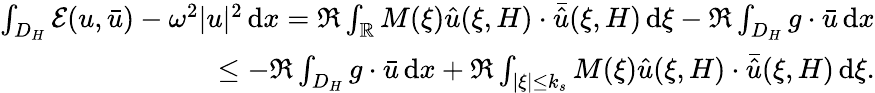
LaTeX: \begin{array}{r}{\int_{D_{H}}\mathcal{E}(u,\bar{u})-\omega^{2}|u|^{2}\, \mathrm{d}x=\Re\int_{\mathbb{R}}M(\xi)\hat{u}(\xi,H)\cdot\bar{\hat{u}}(\xi,H)\, \mathrm{d}\xi-\Re\int_{D_{H}}g\cdot\bar{u}\, \mathrm{d}x}\\ {\le-\Re\int_{D_{H}}g\cdot\bar{u}\, \mathrm{d}x+\Re\int_{|\xi|\le k_{s}}M(\xi)\hat{u}(\xi,H)\cdot\bar{\hat{u}}(\xi,H)\, \mathrm{d}\xi.}\end{array}